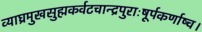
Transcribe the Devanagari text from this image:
व्याघ्रमुखसुह्मकर्वटचान्द्रपुराःषूर्पकर्णाष्च।